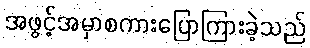
အဖွင့်အမှာစကားပြောကြားခဲ့သည်